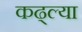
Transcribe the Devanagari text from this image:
कढ्ल्या